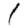
Digit: 1